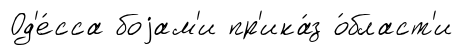
Од'е́сса боjам'и пр'ика́з о́бласт'и